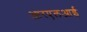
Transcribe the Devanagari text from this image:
आरएलआई